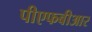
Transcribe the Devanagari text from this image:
पीएफबीआर